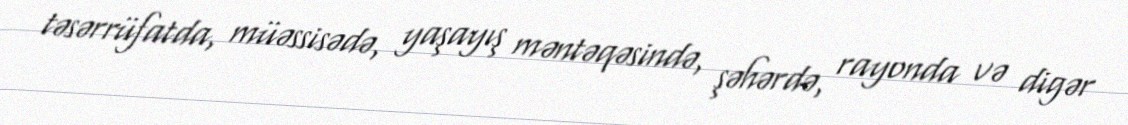
təsərrüfatda, müəssisədə, yaşayış məntəqəsində, şəhərdə, rayonda və digər